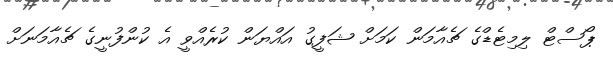
ޕޯސްޓް ލިމިޓެޑްގެ ޗެއާމަން ކަމަށް ޝަފީގު އައްޔަން ކުރެއްވީ އެ ކުންފުނީގެ ޗެއާމަނަށް